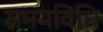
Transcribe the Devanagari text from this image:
समयविधि